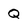
Character: Q